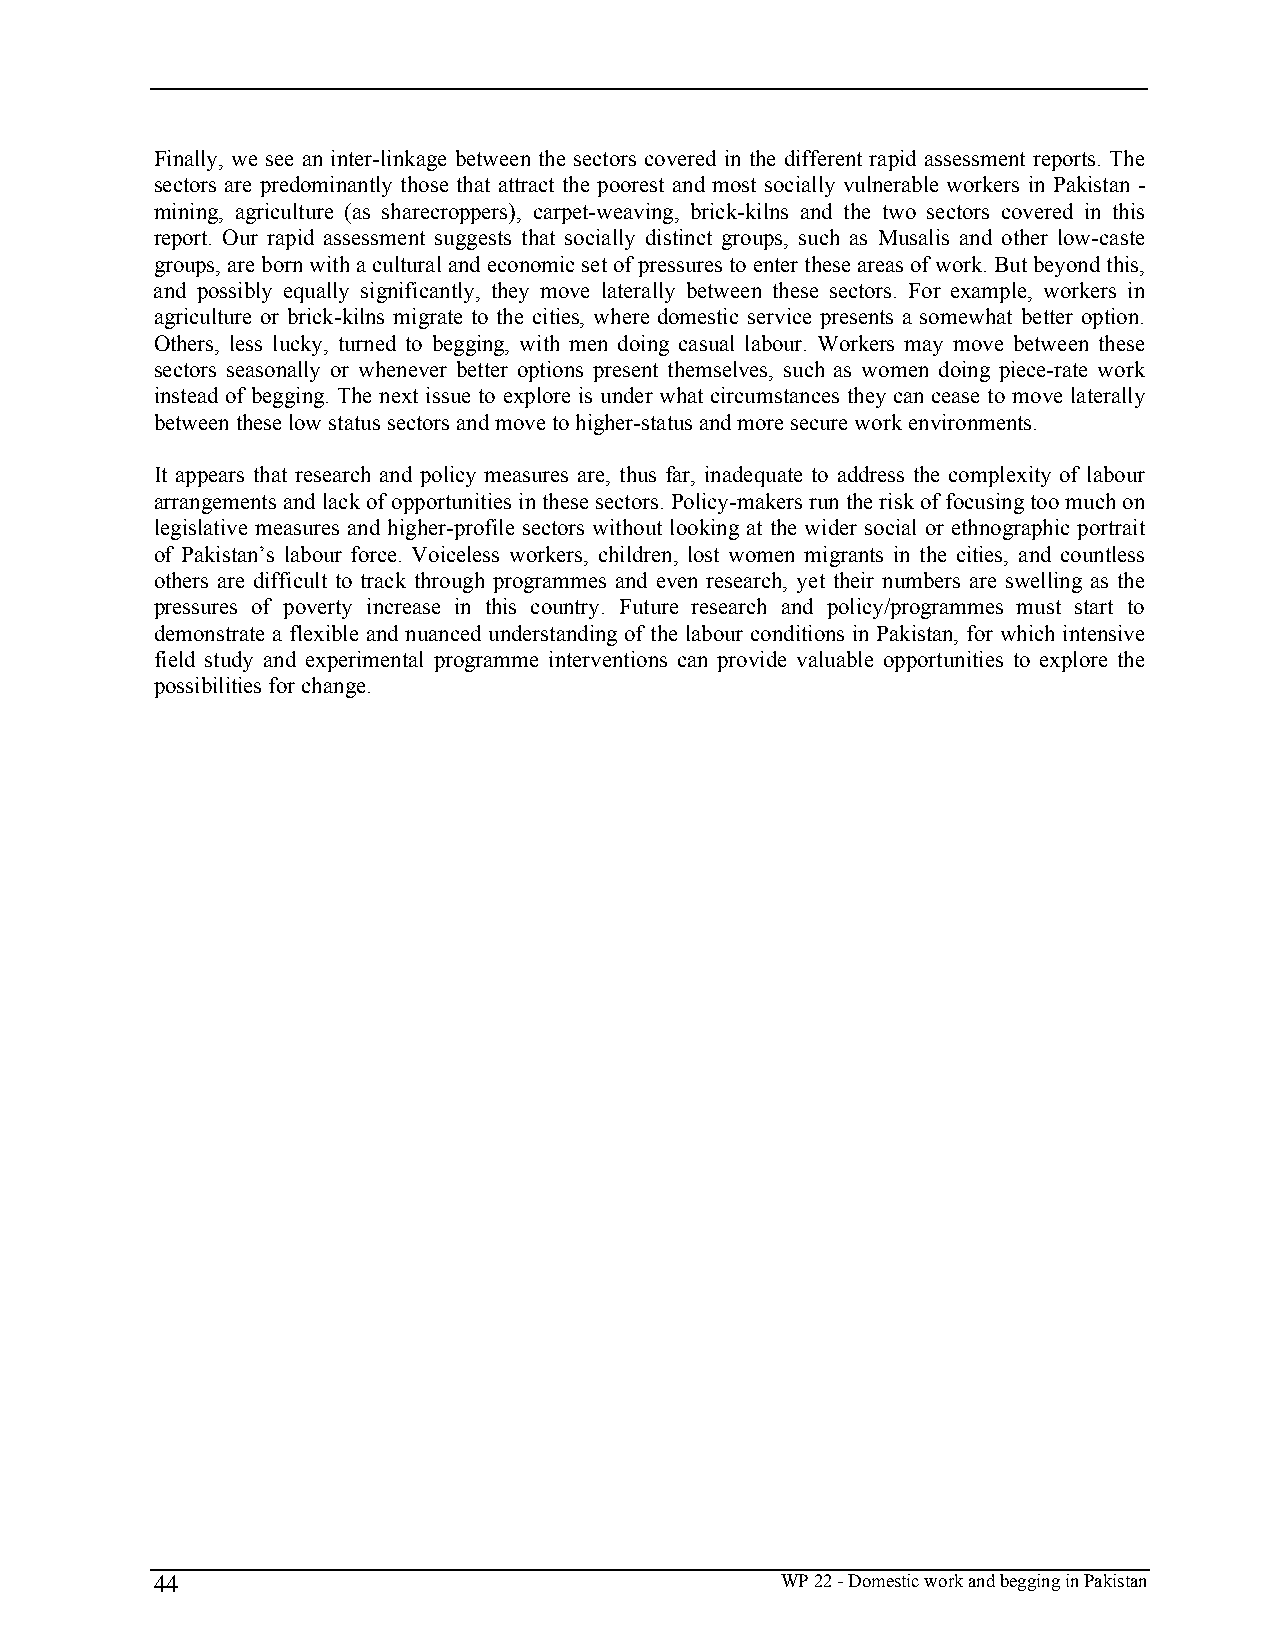
Finally, we see an inter-linkage between the sectors covered in the different rapid assessment reports. The
 sectors are predominantly those that attract the poorest and most socially vulnerable workers in Pakistan -
 mining, agriculture (as sharecroppers), carpet-weaving, brick-kilns and the two sectors covered in this
 report. Our rapid assessment suggests that socially distinct groups, such as Musalis and other low-caste
 groups, are born with a cultural and economic set of pressures to enter these areas of work. But beyond this,
 and possibly equally significantly, they move laterally between these sectors. For example, workers in
 agriculture or brick-kilns migrate to the cities, where domestic service presents a somewhat better option.
 Others, less lucky, turned to begging, with men doing casual labour. Workers may move between these
 sectors seasonally or whenever better options present themselves, such as women doing piece-rate work
 instead of begging. The next issue to explore is under what circumstances they can cease to move laterally
 between these low status sectors and move to higher-status and more secure work environments.
 It appears that research and policy measures are, thus far, inadequate to address the complexity of labour
 arrangements and lack of opportunities in these sectors. Policy-makers run the risk of focusing too much on
 legislative measures and higher-profile sectors without looking at the wider social or ethnographic portrait
 of Pakistan’s labour force. Voiceless workers, children, lost women migrants in the cities, and countless
 others are difficult to track through programmes and even research, yet their numbers are swelling as the
 pressures of poverty increase in this country. Future research and policy/programmes must start to
 demonstrate a flexible and nuanced understanding of the labour conditions in Pakistan, for which intensive
 field study and experimental programme interventions can provide valuable opportunities to explore the
 possibilities for change.
 44                                        WP 22 - Domestic work and begging in Pakistan